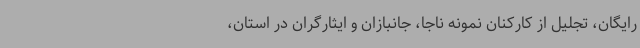
رایگان، تجلیل از کارکنان نمونه ناجا، جانبازان و ایثارگران در استان،